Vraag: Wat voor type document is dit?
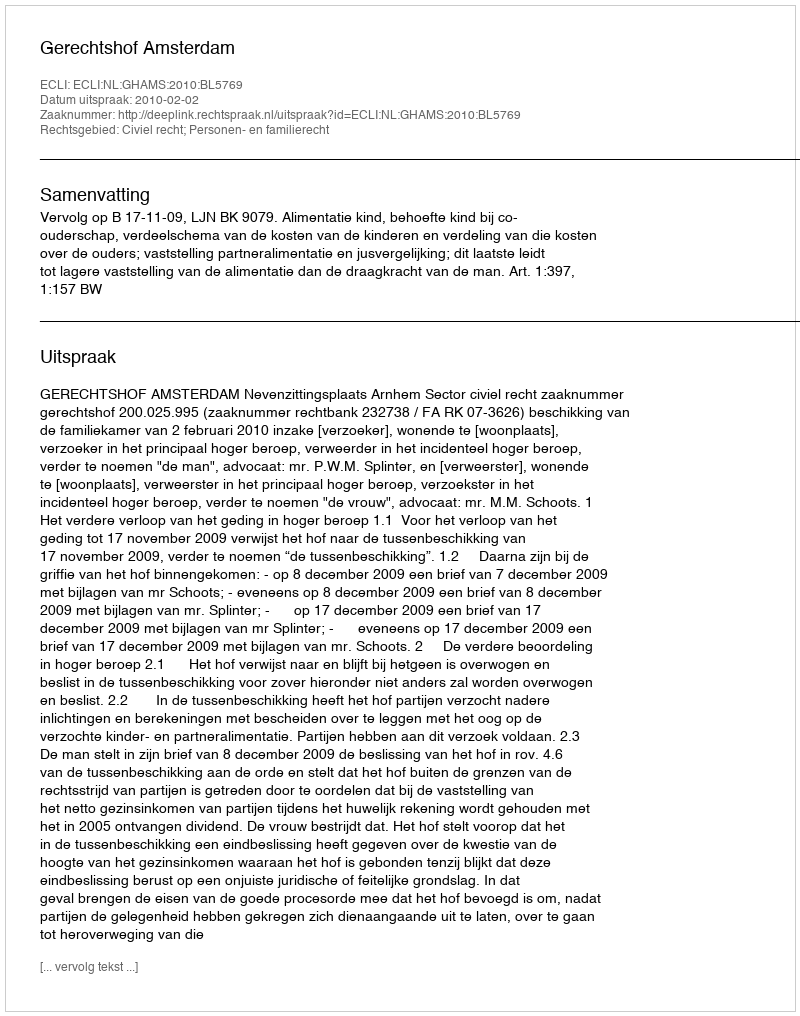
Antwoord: Uitspraak